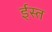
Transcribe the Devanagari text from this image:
ईस्त